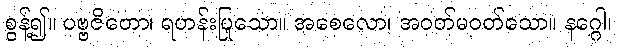
စွန့်၍။ ပဗ္ဗဇိတော၊ ရဟန်းပြုသော။ အစေလော၊ အဝတ်မဝတ်သော။ နဂ္ဂေါ၊